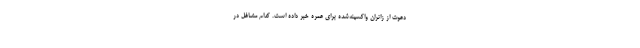
دعوت از زائران واکسینه‌شده برای عمره خبر داده است. کدام مشاغل در